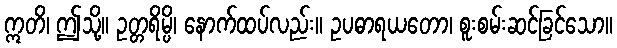
ဣတိ၊ ဤသို့။ ဥတ္တရိမ္ပိ၊ နောက်ထပ်လည်း။ ဥပဓာရယတော၊ စူးစမ်းဆင်ခြင်သော။